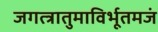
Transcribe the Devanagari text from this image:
जगत्त्रातुमाविर्भूतमजं